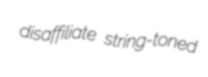
disaffiliate string-toned